Insane asylums in Bengal annual reports 1867-1875 - 1867-1875
Year: 1867
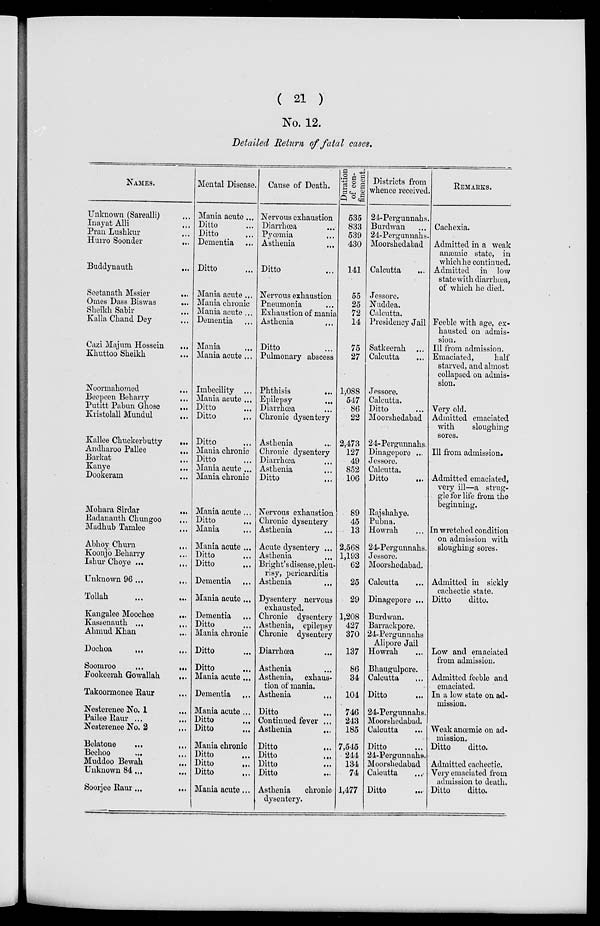
( 21 )
No. 12.
Detailed Return of fatal cases.
NAMES.
Unknown (Sarealli) ...
Inayat Alli ...
Pran Lushkur ...
Hurro Soonder ...
Buddynauth ...
Seetanath Mssier
...
Omes Dass Biswas ...
Sheikh Sabir ...
Kalla Chand Dey ...
Cazi Majum Hossein ...
Khuttoo Sheikh ...
Noormahomed ...
Beepeen Beharry ...
Putitt Pabun Ghose
...
Kristolall Mundul ...
Kallee Chuckerbutty
...
Andharoo Pallee
...
Barkat
...
Kanye
...
Dookeram ...
Mohara Sirdar
...
Radanauth Chungoo
...
Madhub Tamlee ...
Abhoy Churn
...
Koonjo Beharry ...
Ishur Choye ... ...
Unknown 96 ...
...
Tollah ... ...
Kangalee Moochee
...
Kassenauth ...
...
Ahmud Khan ...
Dochoa
...
...
Soomroo
...
...
Fookeerah Gowallah
...
Takoormonee
Raur
...
Nesterenee No. 1 ...
Pailee Raur ...
...
Nesterenee No. 2 ...
Belatone
...
...
Bechoo
...
...
Muddoo Bewah
...
Unknown 84 ... ...
Soorjee Raur...
...
Mental Disease.
Mania acute ...
Ditto ...
Ditto ...
Dementia ...
Ditto ...
Mania acute ...
Mania chronic
Mania acute ...
Dementia ...
Mania ...
Mania acute ...
Imbecility ...
Mania acute ...
Ditto ...
Ditto ...
Ditto ...
Mania chronic
Ditto ...
Mania acute ...
Mania chronic
Mania acute ...
Ditto ...
Mania ...
Mania acute ...
Ditto ...
Ditto ...
Dementia ...
Mania acute...
Dementia ...
Ditto ...
Mania chronic
Ditto ...
Ditto ...
Mania acute ...
Dementia ...
Mania acute ...
Ditto ...
Ditto ...
Mania chronic
Ditto ...
Ditto ...
Ditto ...
Mania acute ...
Cause of Death.
Nervous exhaustion
Diarrhœa ...
Pyœmia ...
Asthenia ...
Ditto ...
Nervous exhaustion
Pneumonia ...
Exhaustion of mania
Asthenia ...
Ditto ...
Pulmonary abscess
Phthisis
...
Epilepsy ...
Diarrhœa ...
Chronic dysentery ...
Asthenia ...
Chronic dysentery
Diarrhœa ...
Asthenia ...
Ditto ...
Nervous exhaustion
Chronic dysentery
Asthenia ...
Acute dysentery ...
Asthenia ...
Bright's disease, pleu-
risy, pericarditis
Asthenia
...
Dysentery nervous
exhausted.
Chronic dysentery
Asthenia, epilepsy
Chronic dysentery
Diarrhœa ...
Asthenia ...
Asthenia, exhaus-
tion of mania.
Asthenia ...
Ditto ...
Continued fever ...
Asthenia
...
Ditto ...
Ditto ...
Ditto ...
Ditto ...
Asthenia
chronic
dysentery.
Duration
of
con-
finement.
535
833
539
430
141
55
25
72
14
75
27
1,088
547
86
22
2,473
127
49
852
106
89
45
13
2,568
1,193
62
25
29
1,208
427
370
137
86
34
104
746
243
185
7,545
244
134
74
1,477
Districts from
whence received.
24-Pergunnahs.
Burdwan ...
24-Pergunnahs.
Moorshedabad
Calcutta
...
Jessore.
Nuddea.
Calcutta.
Presidency Jail
Satkeerah ...
Calcutta ...
Jessore.
Calcutta.
Ditto ...
Moorshedabad
24-Pergunnahs.
Dinagepore ...
Jessore.
Calcutta.
Ditto ...
Rajshahye.
Pubna.
Howrah ...
24-Pergunnahs.
Jessore.
Moorshedabad.
Calcutta ...
Dinagepore ...
Burdwan.
Barrackpore.
24-Pergunnahs
Alipore Jail
Howrah ...
Bhaugulpore.
Calcutta ...
Ditto ...
24-Pergunnahs
Moorshedabad.
Calcutta ...
Ditto ...
24-Pergunnahs
Moorshedabad
Calcutta ...
Ditto ...
REMARKS.
Cachexia.
Admitted in a weak
anæmic state, in
which he continued.
Admitted in low
state with diarrhœa,
of which he died.
Feeble with age, ex-
hausted on admis-
sion.
Ill from admission.
Emaciated,
half
starved, and almost
collapsed on admis-
sion.
Very old.
Admitted emaciated
with
sloughing
sores.
Ill from admission.
Admitted emaciated,
very ill—a strug-
gle for life from the
beginning.
In wretched condition
on admission with
sloughing sores.
Admitted in sickly
cachectic state.
Ditto
ditto.
Low and emaciated
from admission.
Admitted feeble and
emaciated.
In a low state on ad-
mission.
Weak anœmic on ad-
mission.
Ditto
ditto.
Admitted cachectic.
Very emaciated from
admission to death.
Ditto
ditto.